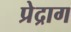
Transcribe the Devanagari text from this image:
प्रेद्राग